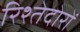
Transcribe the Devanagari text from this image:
रिश्तेदोरों